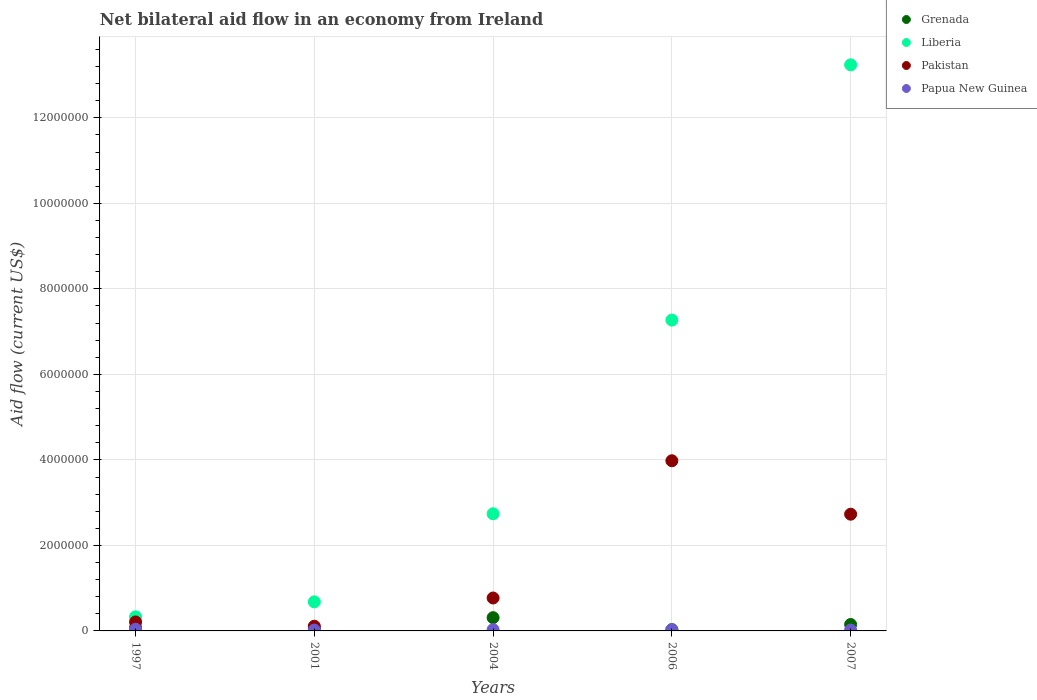
| Years | Grenada | Liberia | Pakistan | Papua New Guinea |
 | --- | --- | --- | --- | --- |
 | 1997 | 8e+04 | 3.3e+05 | 2.1e+05 | 4e+04 |
 | 2001 | 5e+04 | 6.8e+05 | 1.1e+05 | 2e+04 |
 | 2004 | 3.1e+05 | 2.74e+06 | 7.7e+05 | 3e+04 |
 | 2006 | 3e+04 | 7.27e+06 | 3.98e+06 | 3e+04 |
 | 2007 | 1.5e+05 | 1.32e+07 | 2.73e+06 | 2e+04 |